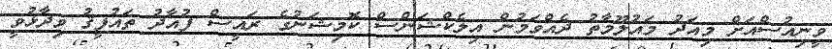
ވީނިއުސްއަށް މިއަދު މައުލޫމާތު ދެއްވަމުން އިލެކްޝަންސް ކޮމިޝަނުގެ ރައީސް ފުއާދު ތައުފީޤު ވިދާޅުވީ